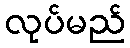
လုပ်မည်